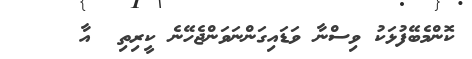
ކޮންމެބޭފުޅަކު ވިސްނާ ވަޑައިގަންނަވަންޖެހޭނެ ކީރިތި  އާ